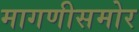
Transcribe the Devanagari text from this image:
मागणीसमोर